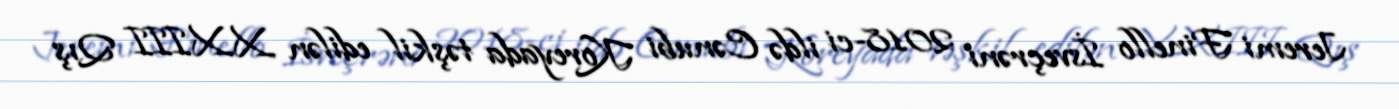
Jeremi Finello İsveçrəni 2018-ci ildə Cənubi Koreyada təşkil edilən XXIII Qış